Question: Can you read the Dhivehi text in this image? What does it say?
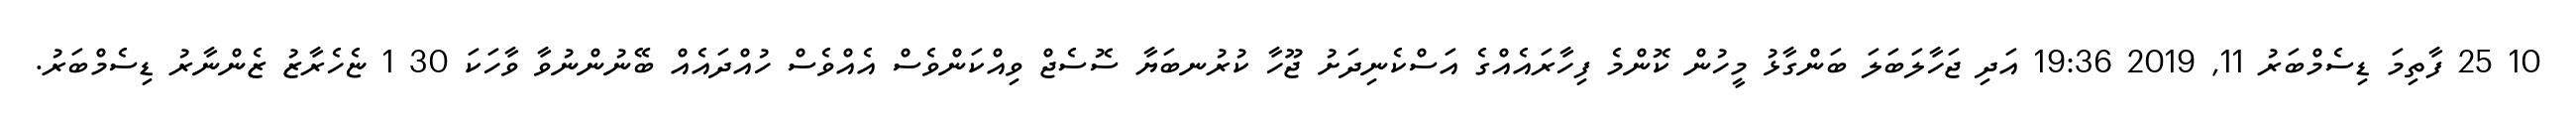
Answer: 10 25 ފާތިމަ ޑިސެމްބަރު 11, 2019 19:36 އަދި ޖަހާލަބަލަ ބަންގާޅު މީހުން ކޮންމެ ފިހާރައެއްގެ އަސްކެނިދަށު ޖޫހާ ކުރުނބަޔާ ސޮސެޖް ވިއްކަންވެސް އެއްވެސް ހުއްދައެއް ބޭނުންނުވާ ވާހަކަ 30 1 ޏެހެރާޒު ޒެންނާރު ޑިސެމްބަރު.